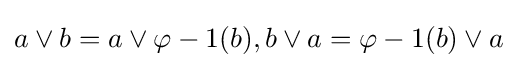
a\vee b=a\vee \varphi -1(b),b\vee a=\varphi -1(b)\vee a